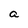
Character: a